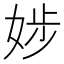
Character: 𡝃